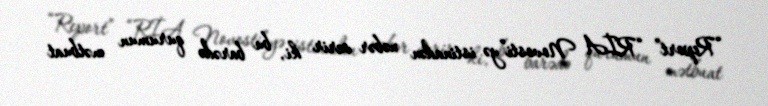
“Report” “RİA Novosti”yə istinadən xəbər verir ki, bu barədə qurumun mətbuat